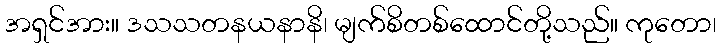
အရှင်အား။ ဒသသတနယနာနိ၊ မျက်စိတစ်ထောင်တို့သည်။ ကုတော၊